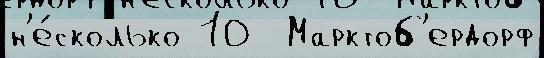
н'е́сколько 10  Марктоб'ердорф